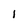
Character: l